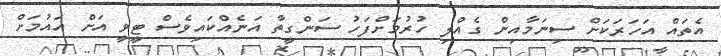
އެތައް އަހަރަކަށް ސިނަމާއިން ގެއްލި ހުރުމަށްފަހު ސަންގީތާ އަނެއްކައިވެސް ޓީވީ އަށް އައުމަށް